Indian journal of veterinary science and animal husbandry - Volume 13,
Year: 1943
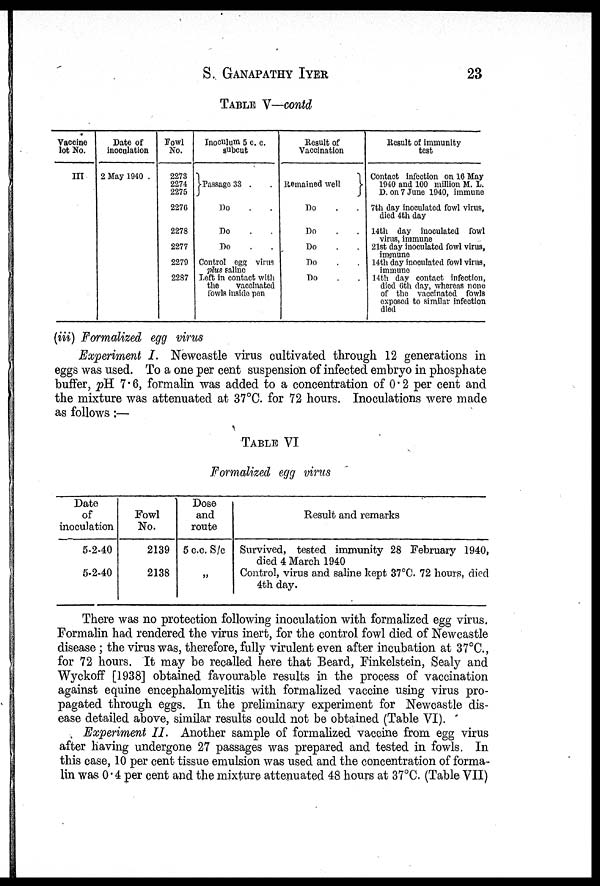
S.
GANAPATHY
IYER
23
TABLE V—contd
Vaccine
lot No.
III
Date of
inoculation
2 May 1940 .
Fowl
No.
2273
2274
2275
2276
2278
2277
2279
2287
Inoculum 5 c. c.
subcut
Passage 33 . .
Do . .
Do . .
Do . .
Control egg virus
plus saline
Left in contact with
the
vaccinated
fowls inside pen
Result of
Vaccination
Remained well
Do . .
Do . .
Do . .
Do . .
Do . .
Result of immunity
test
Contact infection on 16 May
1940 and 100 million M. L.
D. on 7 June 1940, immune
7th day inoculated fowl virus,
died 4th day
14th day inoculated fowl
virus, immune
21st day inoculated fowl virus,
immune
14th day inoculated fowl virus,
immune
14th day contact infection,
died 6th day, whereas none
of the vaccinated fowls
exposed to similar infection
died
(iii) Formalized egg virus
Experiment I. Newcastle virus cultivated through 12 generations in
eggs was used. To a one per cent suspension of infected embryo in phosphate
buffer, pH 7.6, formalin was added to a concentration of 0.2 per cent and
the mixture was attenuated at 37°C. for 72 hours. Inoculations were made
as follows:—
TABLE VI
Formalized egg virus
Date
of
inoculation
5-2-40
5-2-40
Fowl
No.
2139
2138
Dose
and
route
5 c.c. S/c
„
Result and remarks
Survived, tested immunity 28 February 1940,
died 4 March 1940
Control, virus and saline kept 37°C. 72 hours, died
4th day.
There was no protection following inoculation with formalized egg virus.
Formalin had rendered the virus inert, for the control fowl died of Newcastle
disease ; the virus was, therefore, fully virulent even after incubation at 37°C.,
for 72 hours. It may be recalled here that Beard, Finkelstein, Sealy and
Wyckoff [1938] obtained favourable results in the process of vaccination
against equine encephalomyelitis with formalized vaccine using virus pro-
pagated through eggs. In the preliminary experiment for Newcastle dis-
ease detailed above, similar results could not be obtained (Table VI).
Experiment II. Another sample of formalized vaccine from egg virus
after having undergone 27 passages was prepared and tested in fowls. In
this case, 10 per cent tissue emulsion was used and the concentration of forma-
lin was 0.4 per cent and the mixture attenuated 48 hours at 37°C. (Table VII)